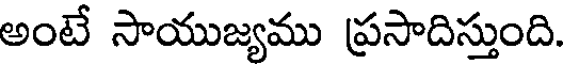
అంటే సాయుజ్యము ప్రసాదిస్తుంది.